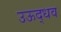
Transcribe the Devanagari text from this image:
उऊद्धव